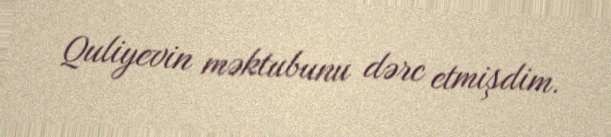
Quliyevin məktubunu dərc etmişdim.